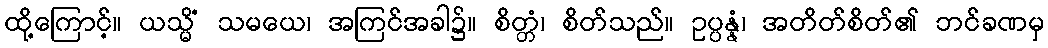
ထို့ကြောင့်။ ယသ္မိံ သမယေ၊ အကြင်အခါ၌။ စိတ္တံ၊ စိတ်သည်။ ဥပ္ပန္နံ၊ အတိတ်စိတ်၏ ဘင်ခဏမှ